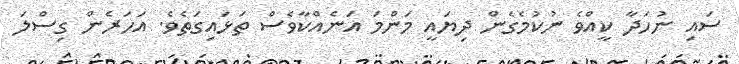
ސައި ނުހަދާ ކީއްވެ ނުކުމެގެން ދިޔައީ މަންމަ އަނެއްކާވެސް ތަޅައިގަތެވެ. އަހަރެން ގިސްލަ